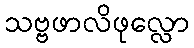
သဗ္ဗဖာလိဖုလ္လော